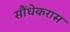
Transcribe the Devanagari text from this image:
सौंधेकरास